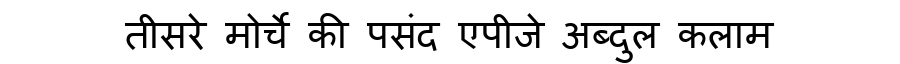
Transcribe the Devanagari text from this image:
तीसरे मोर्चे की पसंद एपीजे अब्दुल कलाम